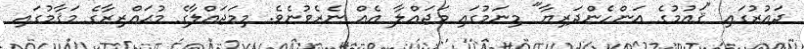
ދައުރުގައި "ޤައުމުގެ އަންހެންދަރިޔާ" މިނަމުގައި މަޖައްލާ އެއް ނެރެވުނެވެ. މިމަޖައްލާގެ މުޙައްރިރާގެ މަޤާމުގައި